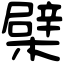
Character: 檗